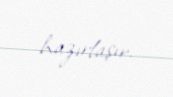
hazırlaşır.